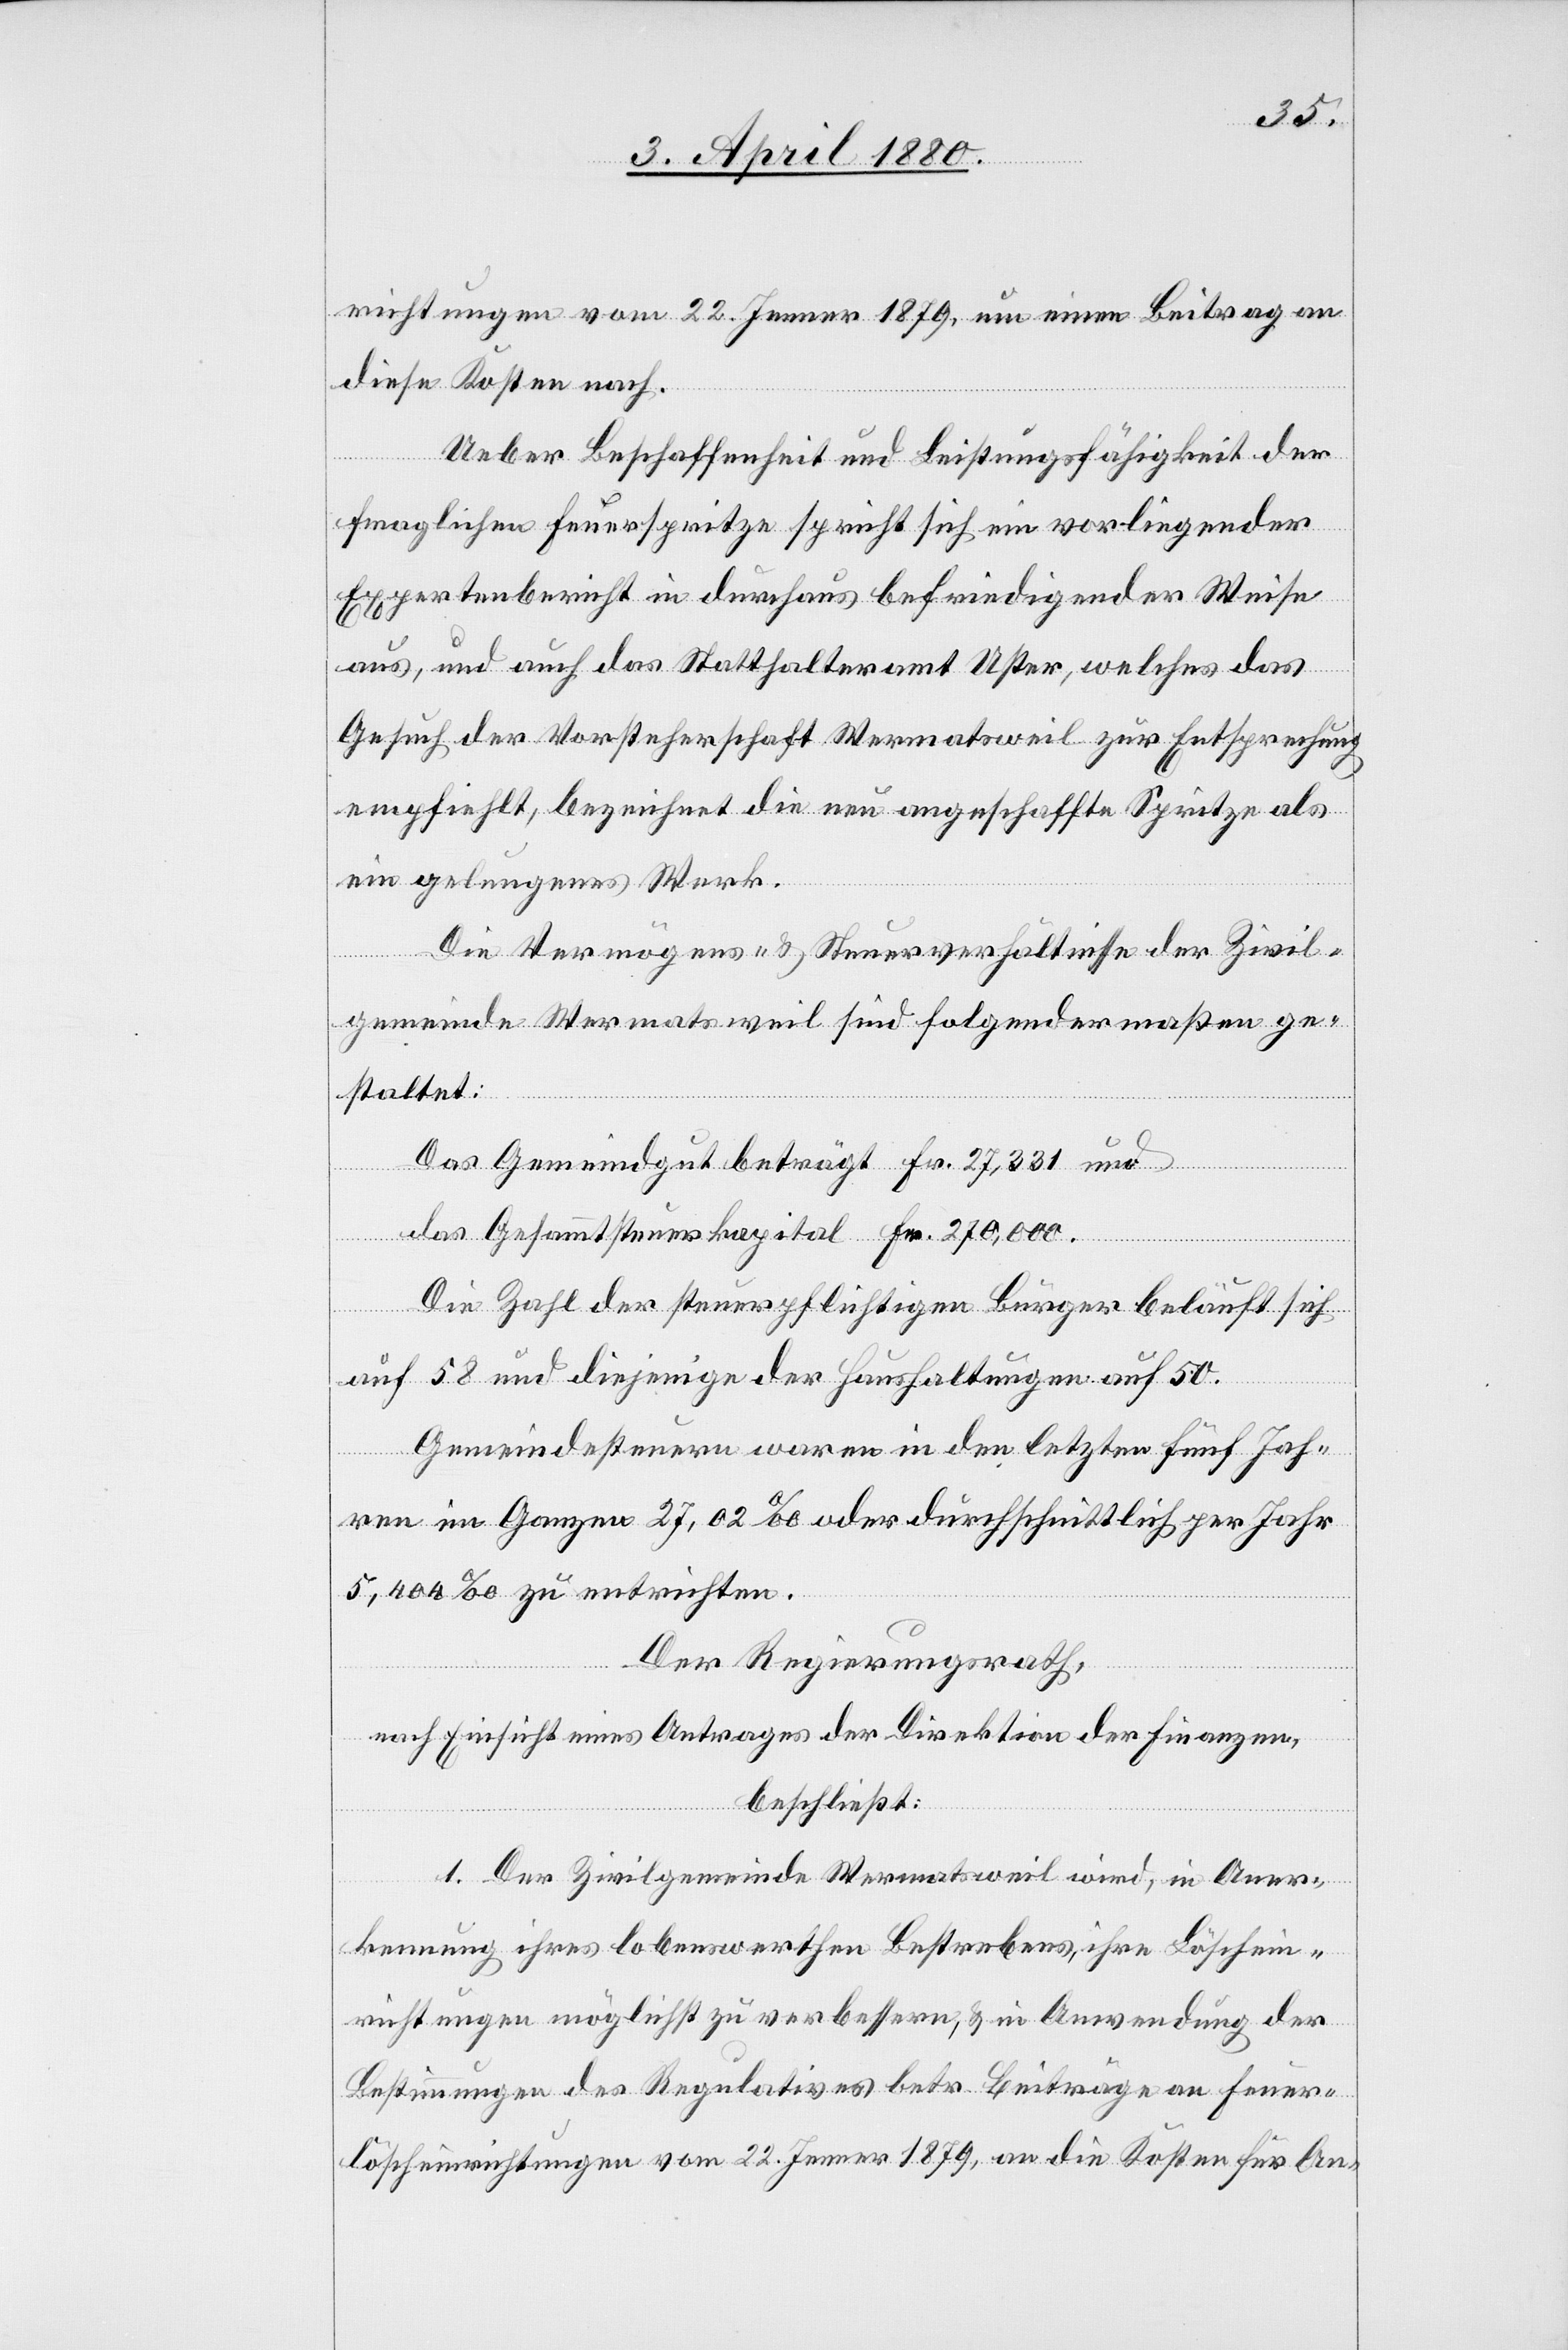
richtungen vom 22. Jenner 1879, um einen Beitrag an
diese Kosten nach.
Ueber Beschaffenheit und Leistungsfähigkeit der
fraglichen Feuerspritze spricht sich ein vorliegender
Expertenbericht in durchaus befriedigender Weise
aus, und auch das Statthalteramt Uster, welches das
Gesuch der Vorsteherschaft Wermatsweil zur Entsprechung
empfiehlt, bezeichnet die neu angeschaffte Sprite als
ein gelungenes Werk.
Die Vermögens- & Steuerverhältnisse der Zivil¬
.
gemeinde Wermatsweil sind folgendermaßen ge¬
staltet:
Die Zahl der steuerpflichtigen Bürger beläuft sich
und
Fr.
auf 58 und diejenige der Haushaltungen auf 50.
Gemeindesteuern waren in den letzten fünf Jah¬
ren im Ganzen 27,02‰ oder durchschnittlich per Jahr
5,400‰ zu entrichten.
Der Regierungsrath,
nach Einsicht eines Antrages der Direktion der Finanzen,
beschließt:
1. Der Zivilgemeinde Wermatsweil wird, in Aner¬
kennung ihres lobenswerthen Bestrebens, ihre Löschein¬
richtungen möglichst zu verbessern, & in Anwendung der
Bestimmungen des Regulativs betr. Beiträge von Feuer¬
löscheinrichtungen vom 22. Jenner 1879, an die Kosten für An-